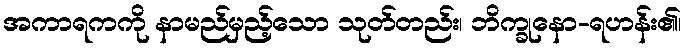
အကာရကကို နာမည်မှည့်သော သုတ်တည်း၊ ဘိက္ခုနော-ရဟန်း၏၊